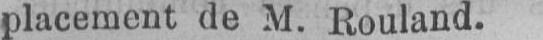
placement de M. Rouland.